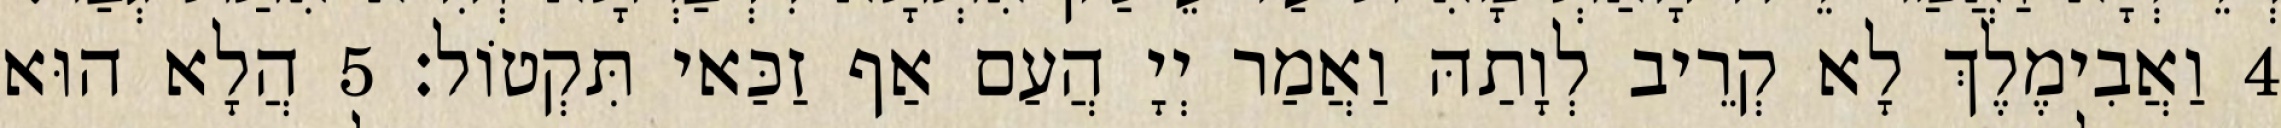
4 וַאֲבִימֶלֶךְ לָא קְרֵיב לְוָתַהּ וַאֲמַר יְיָ הֲעַם אַף זַכַּאי תִּקְטוֹל׃ 5 הֲלָא הוּא